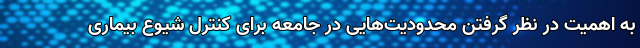
به اهمیت در نظر گرفتن محدودیت‌هایی در جامعه برای کنترل شیوع بیماری